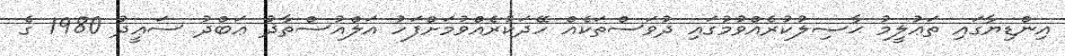
އިންޑިޔާގައި ތަޢުލީމު ޙާޞިލުކުރެއްވުމުގައި ދުވަސްތަކެއް ހޭދަކުރެއްވުމަށްފަހު އަލްއުސްތާޛު ޢަބްދު ސަޢީދު 1980 ގެ